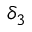
\delta _ { 3 }